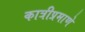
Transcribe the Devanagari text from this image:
कात्रीप्रमाणे